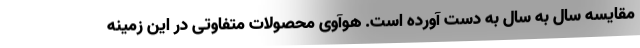
مقایسه سال به سال به دست آورده است. هوآوی محصولات متفاوتی در این زمینه